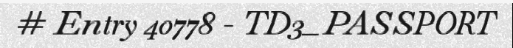
# Entry 40778 - TD3_PASSPORT